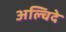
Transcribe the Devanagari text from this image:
अल्चिदे